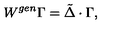
W ^ { g e n } \Gamma = \tilde { \Delta } \cdot \Gamma ,